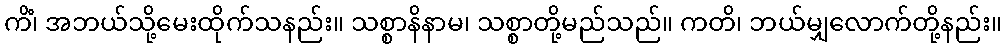
ကိံ၊ အဘယ်သို့မေးထိုက်သနည်း။ သစ္စာနိနာမ၊ သစ္စာတို့မည်သည်။ ကတိ၊ ဘယ်မျှလောက်တို့နည်း။